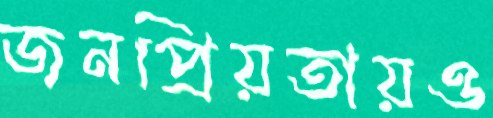
জনপ্রিয়তায়ও